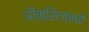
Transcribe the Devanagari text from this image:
ऑक्‍सिजनचे